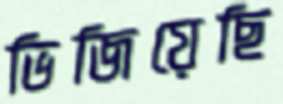
ভিজিয়েছি